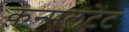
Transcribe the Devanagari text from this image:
कन्सलटेंट